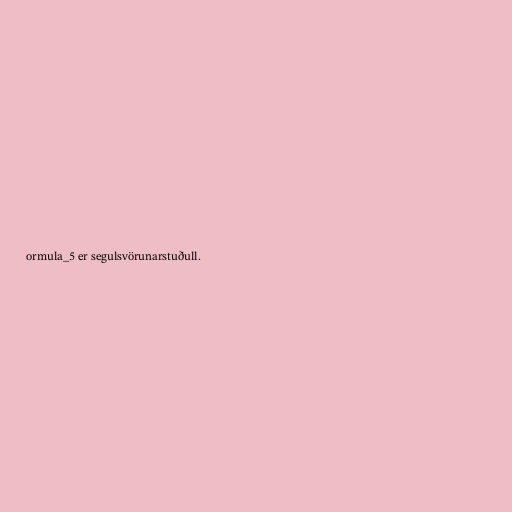
ormula_5 er segulsvörunarstuðull.